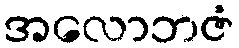
အလောဘဇံ